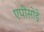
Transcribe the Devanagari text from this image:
एपीसोड़े